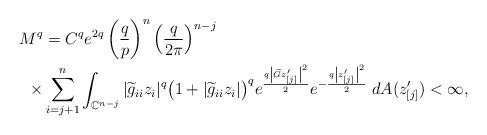
LaTeX: \begin{align*}M^q &= C^q e^{2q} \left( \dfrac{q}{p} \right)^n \left( \dfrac{q}{2 \pi} \right)^{n-j}\\\times & \sum_{i = j+1 }^n \int_{\mathbb C^{n-j}} |\widetilde{g}_{ii}z_i|^q \big(1 + |\widetilde{g}_{ii} z_i|\big)^q e^{\frac{q\left|\widetilde{G}z'_{[j]}\right|^2}{2}} e^{-\frac{q\left|z'_{[j]}\right|^2}{2}}\; dA(z'_{[j]}) < \infty,\end{align*}